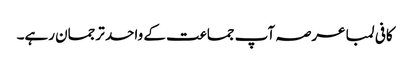
کافی لمبا عرصہ آپ جماعت کے واحد ترجمان رہے۔